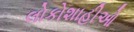
લોકોશાહીઓ